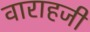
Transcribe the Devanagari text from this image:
वाराहजी